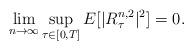
LaTeX: \begin{align*} \lim_{n\rightarrow \infty} \sup_{\tau\in [0,T]} E[| R^{n,2}_\tau|^2]=0. \end{align*}